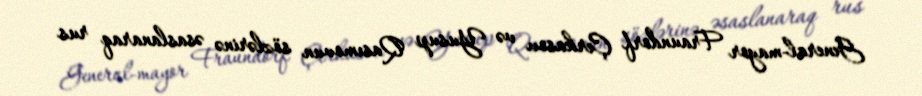
General-mayor Fraundorf Çerkasov və Yusup Qasımovun sözlərinə əsaslanaraq rus